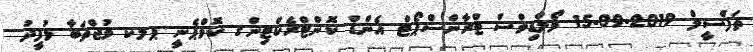
ތަފްސީލް 2019-09-15 މޯލްޑިވްސް ޓްރާންސްޕޯޓް އެންޑް ކޮންޓްރެކްޓިންގ ކޮމްޕެނީ ޕލކ މުޖްތަބާ މުފީދު